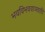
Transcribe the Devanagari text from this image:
भवविभववाञ्छापि